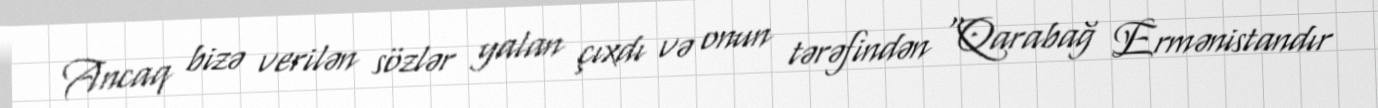
Ancaq bizə verilən sözlər yalan çıxdı və onun tərəfindən “Qarabağ Ermənistandır